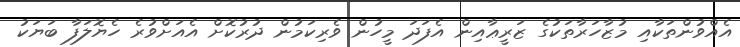
އެއްވުންތަކާއި މުޒާހަރާތަކުގެ ޒަރީޢާއިން އެފަދަ މީހުން ވެރިކަމުން ދުރުކޮށް އެއަށްވުރެ ހެޔޮލަފާ ބަޔަކު